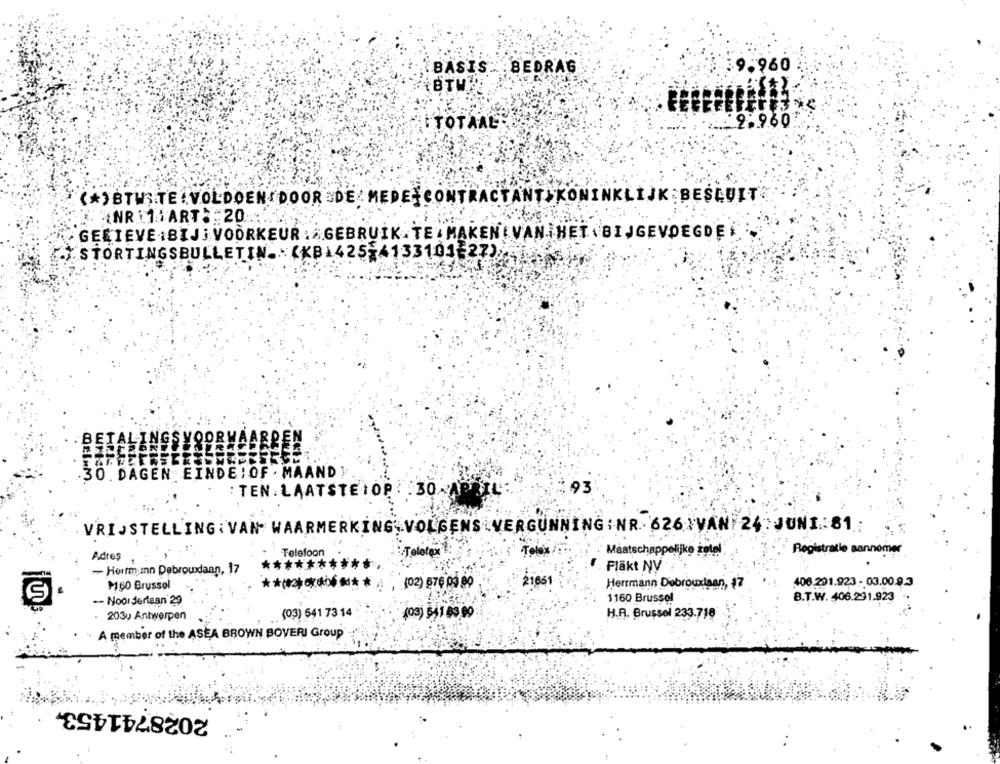
BASIS BEDRAG
9.960
.9.960
TOTAAL
(*)BTWSITE VOLDOEN(DOOR DE MEDE-CONTRACTANT KONINKLIJK BESLUIT
NR 11ART: 20 ::
GE[TEVE:BIJ:VOORKEUR: GEBRUIK.TE MAKEN VAN HET \BIJGEVOEGDE
. STORTINGSBULLETIN. (KB1425-4133101-27),
B
.30 . DAGEN EINDE : OF . MAAND
93
: TEN. LAATSTEIOP : 30-APRIL:
VRIJSTELLING : VAN WAARMERKING VOLGENS VERGUNNING : NR. 626 IVAN 24 JUNI:81:
Telefon
Registratie aannemer
Telefoon
Tola
Maatschappelijke
Adres
**********
- Herrm-Inn Debrouxlaan, 17
Fläkt NV
M60 Brussel
(02) 676 03 80
21661
Herrmann Debrouxlaan,
406.291.923 - 03.00.9.3
-- Noordertaan 29
1160 Brussel
B.T.W. 406.291.923
203y Antwerpen
(03) 541 73 14
(03) 541 83 90
H.R. Brussel 233.718
A member of the ASEA BROWN BOVERI Group"
2028741453.